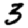
Digit: 3